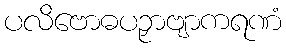
ပလိဗောဓပဉှာဗျာကရဏံ